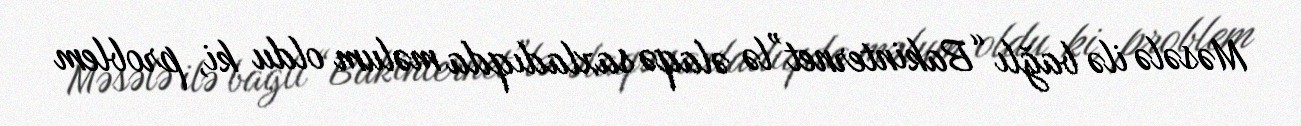
Məsələ ilə bağlı “Bakinternet”lə əlaqə saxladıqda məlum oldu ki, problem